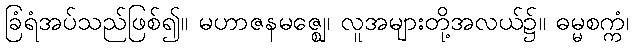
ခြံရံအပ်သည်ဖြစ်၍။ မဟာဇနမဇ္ဈေ၊ လူအများတို့အလယ်၌။ ဓမ္မစက္ကံ၊